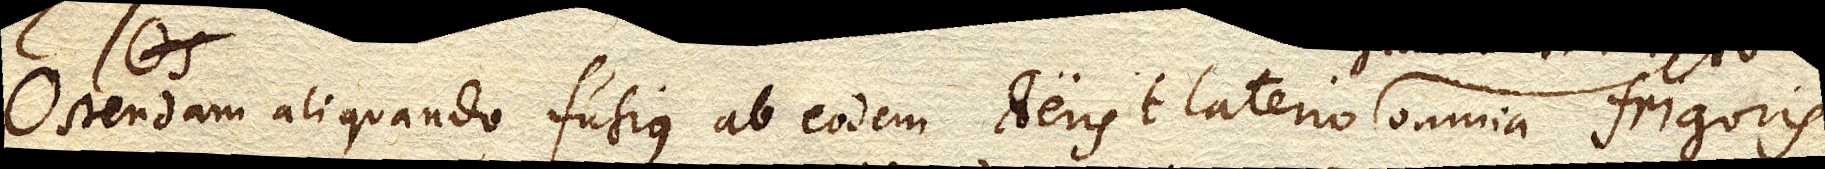
Ostendam aliquando fusius ab eodem aeris Elaterio omnia frigoris